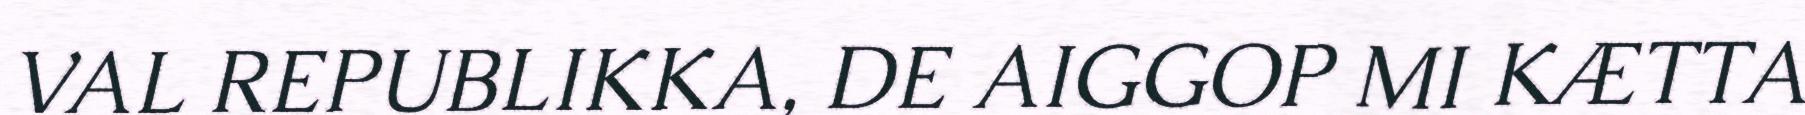
VAL REPUBLIKKA, DE AIGGOP MI KÆTTA